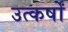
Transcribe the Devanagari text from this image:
उत्कर्षों